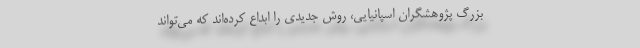
بزرگ پژوهشگران اسپانیایی، روش جدیدی را ابداع کرده‌اند که می‌تواند